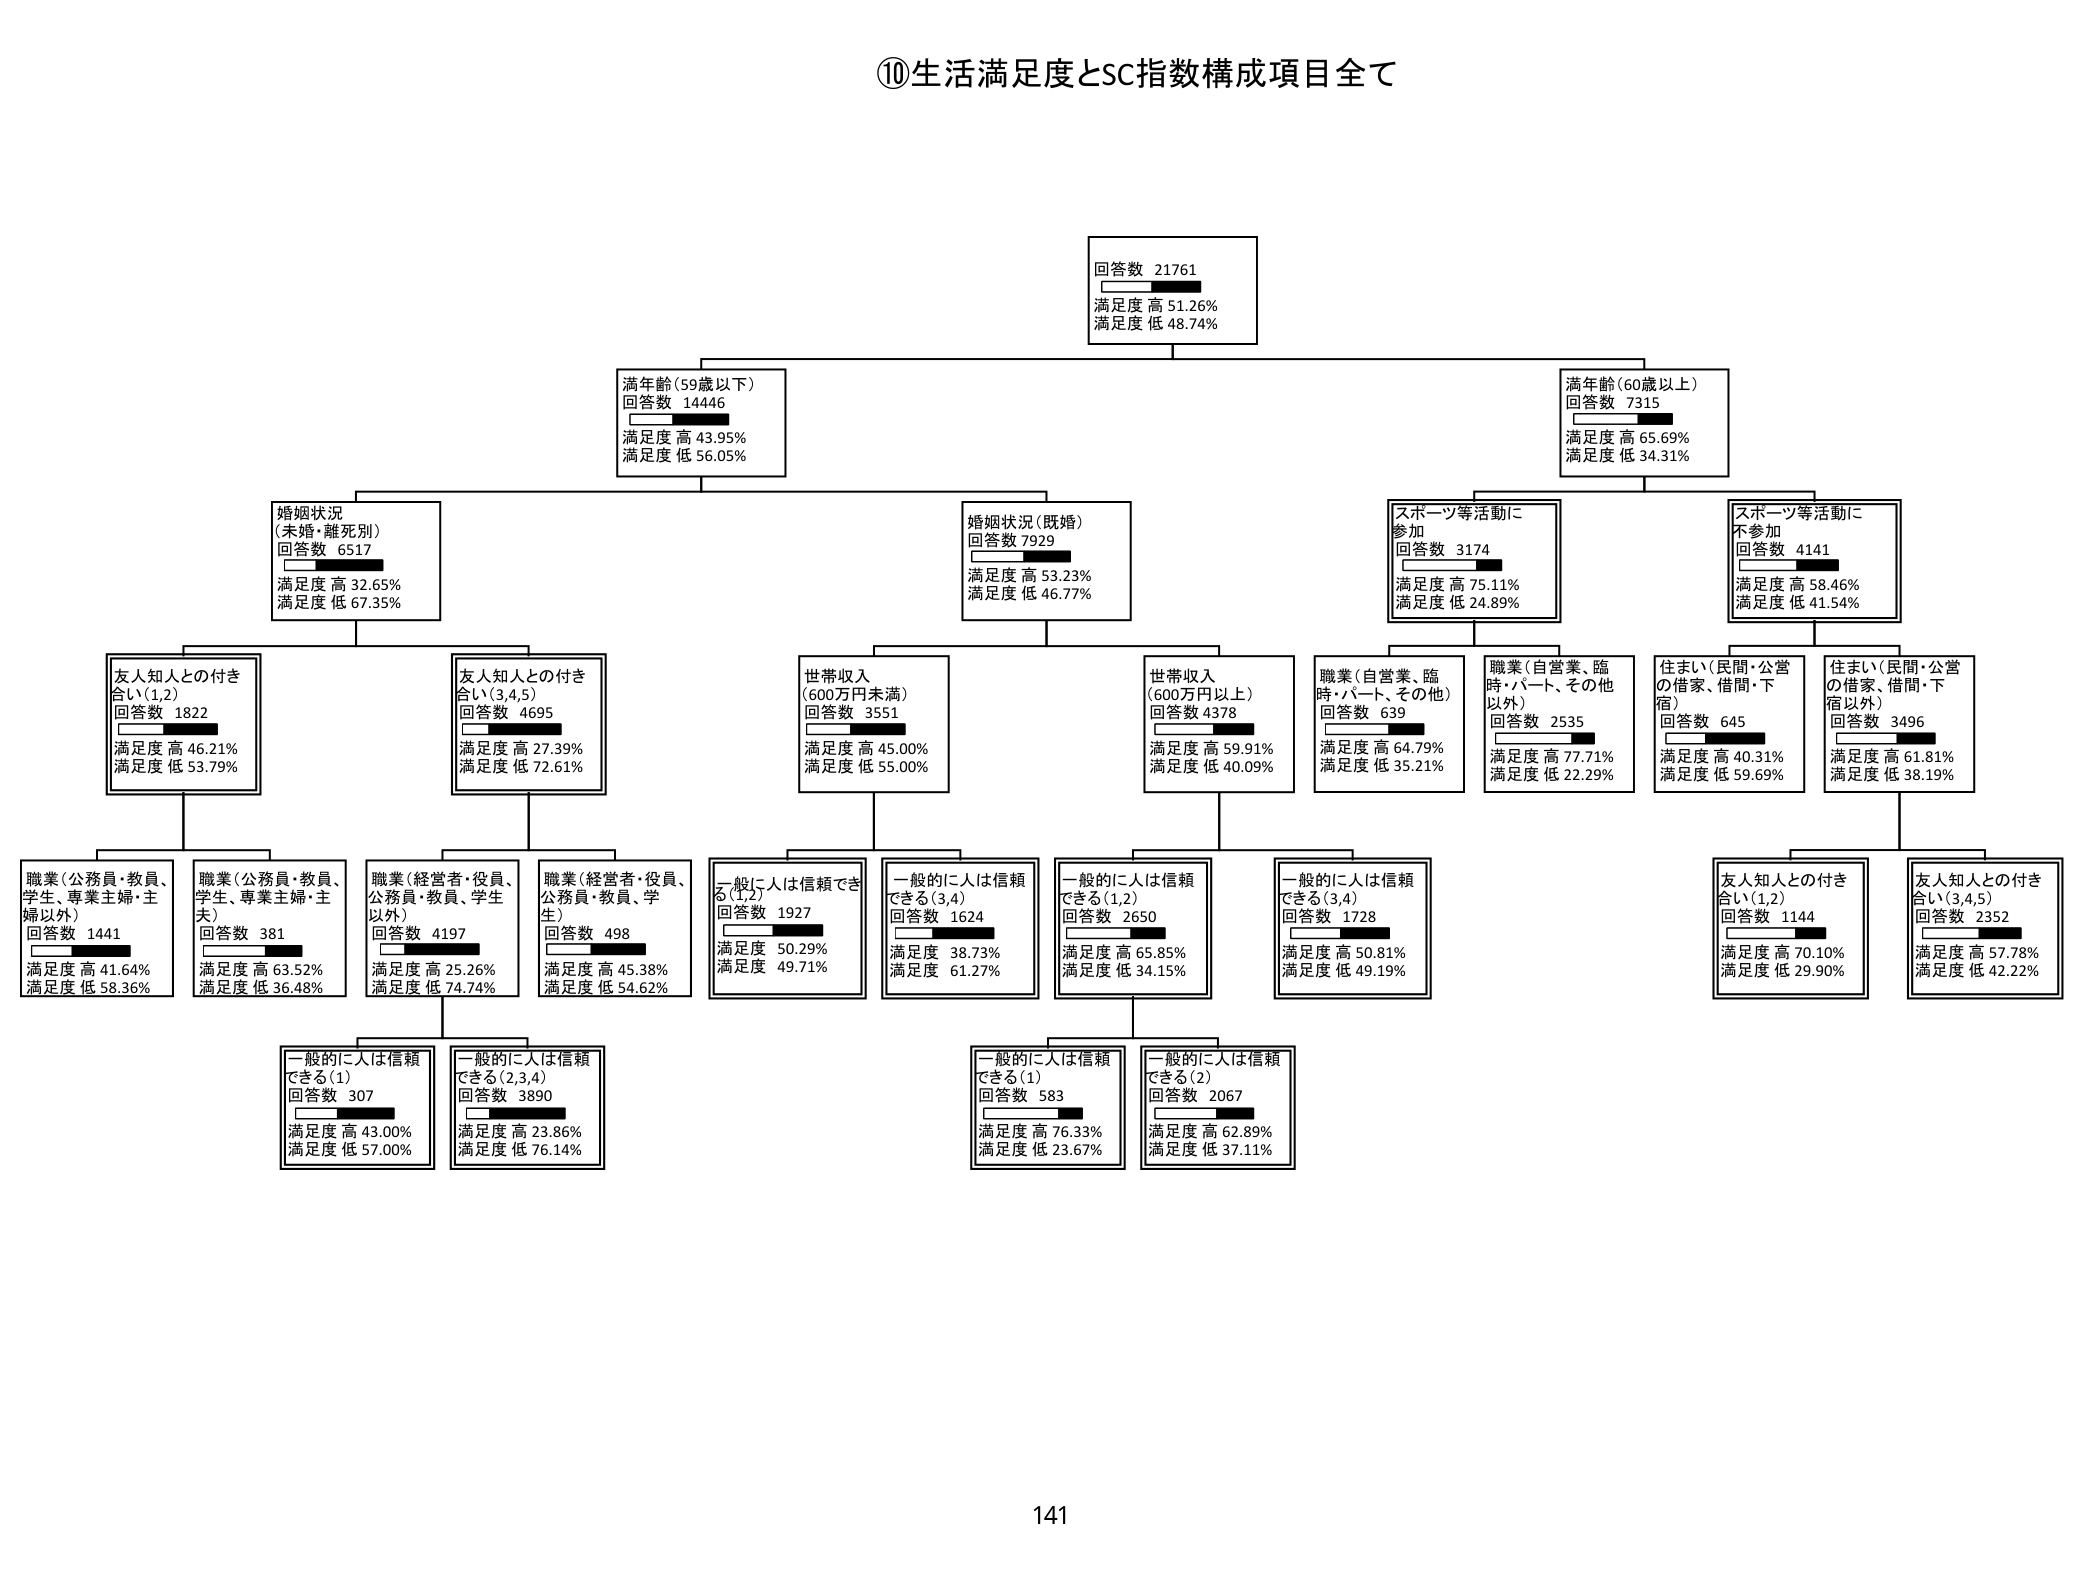
⑩生活満足度とSC指数構成項目全て

回答数 21761
満足度 高 51.26%
満足度 低 48.74%

満年齢（59歳以下）
回答数 14446
満足度 高 43.95%
満足度 低 56.05%

満年齢（60歳以上）
回答数 7315
満足度 高 65.69%
満足度 低 34.31%

婚姻状況
（未婚・離死別）
回答数 6517
満足度 高 32.65%
満足度 低 67.35%

婚姻状況（既婚）
回答数 7929
満足度 高 53.23%
満足度 低 46.77%

スポーツ等活動に
参加
回答数 3174
満足度 高 75.11%
満足度 低 24.89%

スポーツ等活動に
不参加
回答数 4141
満足度 高 58.46%
満足度 低 41.54%

友人知人との付き
合い（1,2）
回答数 1822
満足度 高 46.21%
満足度 低 53.79%

友人知人との付き
合い（3,4,5）
回答数 4695
満足度 高 27.39%
満足度 低 72.61%

世帯収入
（600万円未満）
回答数 3551
満足度 高 45.00%
満足度 低 55.00%

世帯収入
（600万円以上）
回答数 4378
満足度 高 59.91%
満足度 低 40.09%

職業（自営業、臨
時・パート、その他）
回答数 639
満足度 高 64.79%
満足度 低 35.21%

職業（自営業、臨
時・パート、その他
以外）
回答数 2535
満足度 高 77.71%
満足度 低 22.29%

住まい（民間・公営
の借家、借間・下
宿）
回答数 645
満足度 高 40.31%
満足度 低 59.69%

住まい（民間・公営
の借家、借間・下
宿以外）
回答数 3496
満足度 高 61.81%
満足度 低 38.19%

職業（公務員・教員、
学生、専業主婦・主
婦以外）
回答数 1441
満足度 高 41.64%
満足度 低 58.36%

職業（公務員・教員、
学生、専業主婦・主
夫）
回答数 381
満足度 高 63.52%
満足度 低 36.48%

職業（経営者・役員、
公務員・教員、学生
以外）
回答数 4197
満足度 高 25.26%
満足度 低 74.74%

職業（経営者・役員、
公務員・教員、学生）
回答数 498
満足度 高 45.38%
満足度 低 54.62%

一般に人は信頼でき
る（1,2）
回答数 1927
満足度 50.29%
満足度 49.71%

一般に人は信頼
できる（3,4）
回答数 1624
満足度 38.73%
満足度 61.27%

一般に人は信頼
できる（1,2）
回答数 2650
満足度 高 65.85%
満足度 低 34.15%

一般に人は信頼
できる（3,4）
回答数 1728
満足度 高 50.81%
満足度 低 49.19%

一般に人は信頼
できる（1）
回答数 307
満足度 高 43.00%
満足度 低 57.00%

一般に人は信頼
できる（2,3,4）
回答数 3890
満足度 高 23.86%
満足度 低 76.14%

一般に人は信頼
できる（1）
回答数 583
満足度 高 76.33%
満足度 低 23.67%

一般に人は信頼
できる（2）
回答数 2067
満足度 高 62.89%
満足度 低 37.11%

友人知人との付き
合い（1,2）
回答数 1144
満足度 高 70.10%
満足度 低 29.90%

友人知人との付き
合い（3,4,5）
回答数 2352
満足度 高 57.78%
満足度 低 42.22%

141